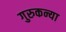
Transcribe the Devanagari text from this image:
गुरुकन्या